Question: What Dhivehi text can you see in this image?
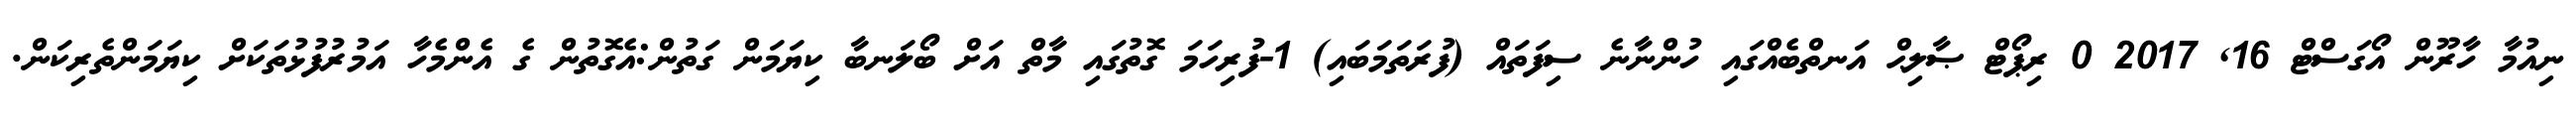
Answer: ނިއުމާ ހާރޫން އޯގަސްޓް 16, 2017 0 ރިޕޯޓް ޞާލިޙް އަނތްބެއްގައި ހުންނާނެ ސިފަތައް (ފުރަތަމަބައި) 1-ފުރިހަމަ ގޮތުގައި މާތް އަށް ބޯލަނބާ ކިޔަމަން ގަތުން:އެގޮތުން ގެ އެންމެހާ އަމުރުފުޅުތަކަށް ކިޔަމަންތެރިކަން.